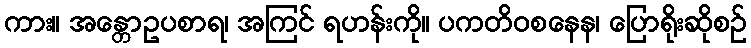
ကား။ အန္တောဥပစာရ၊ အကြင် ရဟန်းကို။ ပကတိဝစနေန၊ ပြောရိုးဆိုစဉ်